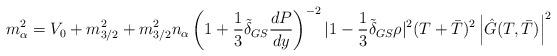
LaTeX: \begin{align*}m^2_{\alpha}=V_0+m^2_{3/2}+m^2_{3/2}n_{\alpha}\left(1+\frac{1}{3}\tilde{\delta}_{GS} \frac{dP}{dy} \right)^{-2}|1-\frac{1}{3}\tilde{\delta}_{GS} \rho|^2 (T+\bar{T})^2\left|\hat{G}(T,\bar{T})\right|^2\end{align*}